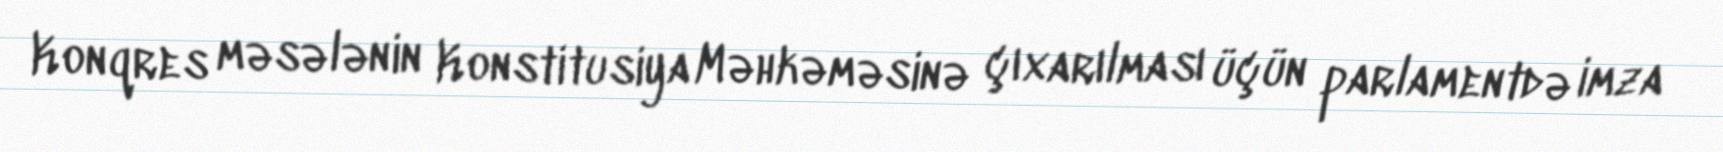
Konqres məsələnin Konstitusiya Məhkəməsinə çıxarılması üçün parlamentdə imza